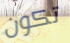
تكون